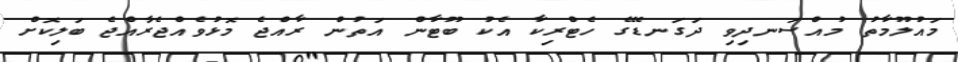
މައުލޫމާތު މުއްސަނދިވި ދަގަނޑޭގެ ހެޓްރިކާ އެކު ބޫޓާން އަތުން ރާއްޖެ މޮޅުވެއްޖެރާއްޖެ ބަލިކޮށް